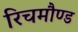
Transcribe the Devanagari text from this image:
रिचमौण्ड